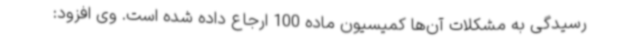
رسیدگی به مشکلات آن‌ها کمیسیون ماده 100 ارجاع داده شده است. وی افزود: